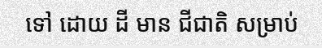
ទៅ ដោយ ដី មាន ជីជាតិ សម្រាប់